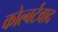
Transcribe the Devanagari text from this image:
कोल्बर्टवाद